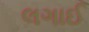
લગાઈ